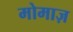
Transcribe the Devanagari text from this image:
मोमाज़